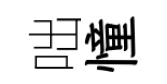
咄憧